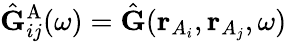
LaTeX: \hat{\mathbf{G}}_{ij}^{\mathrm{A}}(\omega)=\hat{\mathbf{G}}(\mathbf{r}_{A_{i}},\mathbf{r}_{A_{j}},\omega)